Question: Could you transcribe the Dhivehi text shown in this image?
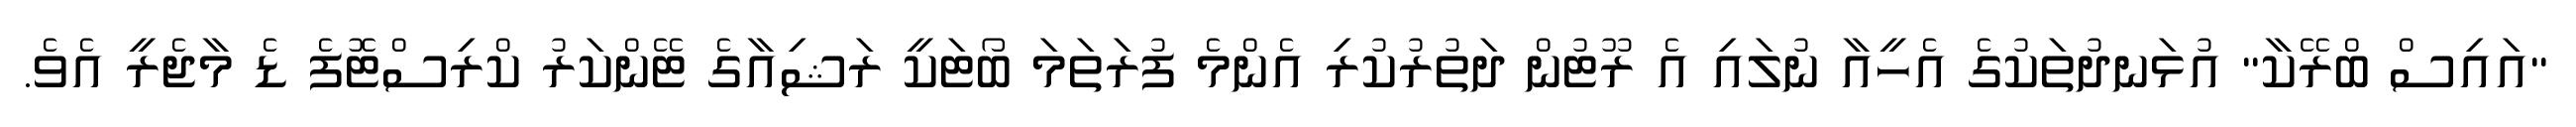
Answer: "އައިސް ބްރޭކާ" އުޅަނދުތަކުގެ އެހީއާ ނުލައި އެ ރޫޓުން ދަތުރުކުރި އެންމެ ފުރަތަމަ ބޯޓަކީ ރަޝިއާގެ ޓޭންކަރު ކްރިސްޓޮފެ ޑެ މާޖެރީ އެވެ.